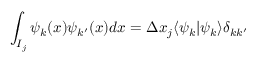
\int _ { I _ { j } } \psi _ { k } ( x ) \psi _ { k ^ { \prime } } ( x ) d x = \Delta x _ { j } \langle \psi _ { k } | \psi _ { k } \rangle { \delta _ { k k ^ { \prime } } }